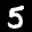
Label: 5